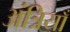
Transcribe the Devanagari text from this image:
अंत्रियाँ